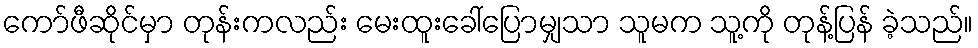
ကော်ဖီဆိုင်မှာ တုန်းကလည်း မေးထူးခေါ်ပြောမျှသာ သူမက သူ့ကို တုန့်ပြန် ခဲ့သည်။